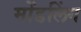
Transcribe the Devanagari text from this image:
मोंडलिंग